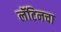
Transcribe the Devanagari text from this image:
लॅटिनचा